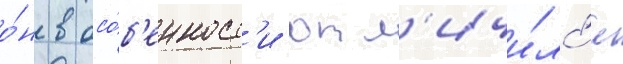
о́н в осо́б'енност'и отл'ичи́лс'я